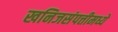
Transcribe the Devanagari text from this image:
खनिजसंपत्तीमध्ये